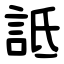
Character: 詆